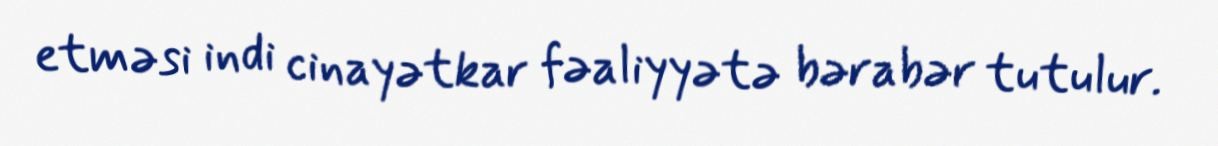
etməsi indi cinayətkar fəaliyyətə bərabər tutulur.